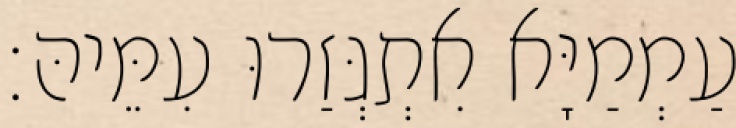
עַמְמַיָּא אִתְגְּזַרוּ עִמֵּיהּ׃